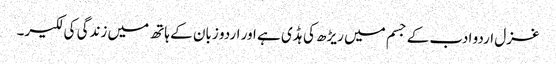
غزل اردو ادب کے جسم میں ریڑھ کی ہڈی ہے اور اردو زبان کے ہاتھ میں زندگی کی لکیر۔